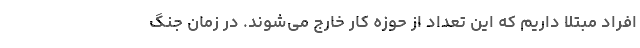
افراد مبتلا داریم که این تعداد از حوزه کار خارج می‌شوند. در زمان جنگ